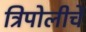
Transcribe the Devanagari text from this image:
त्रिपोलीचे